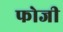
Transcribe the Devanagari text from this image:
फोजी